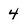
Character: 4